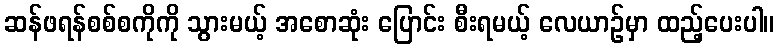
ဆန်ဖရန်စစ်စကိုကို သွားမယ့် အစောဆုံး ပြောင်း စီးရမယ့် လေယာဉ်မှာ ထည့်ပေးပါ။